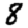
Digit: 8